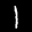
Label: 1